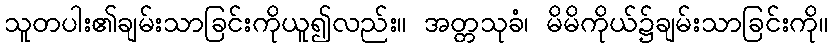
သူတပါး၏ချမ်းသာခြင်းကိုယူ၍လည်း။ အတ္တသုခံ၊ မိမိကိုယ်၌ချမ်းသာခြင်းကို။